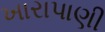
ખારાપાણી